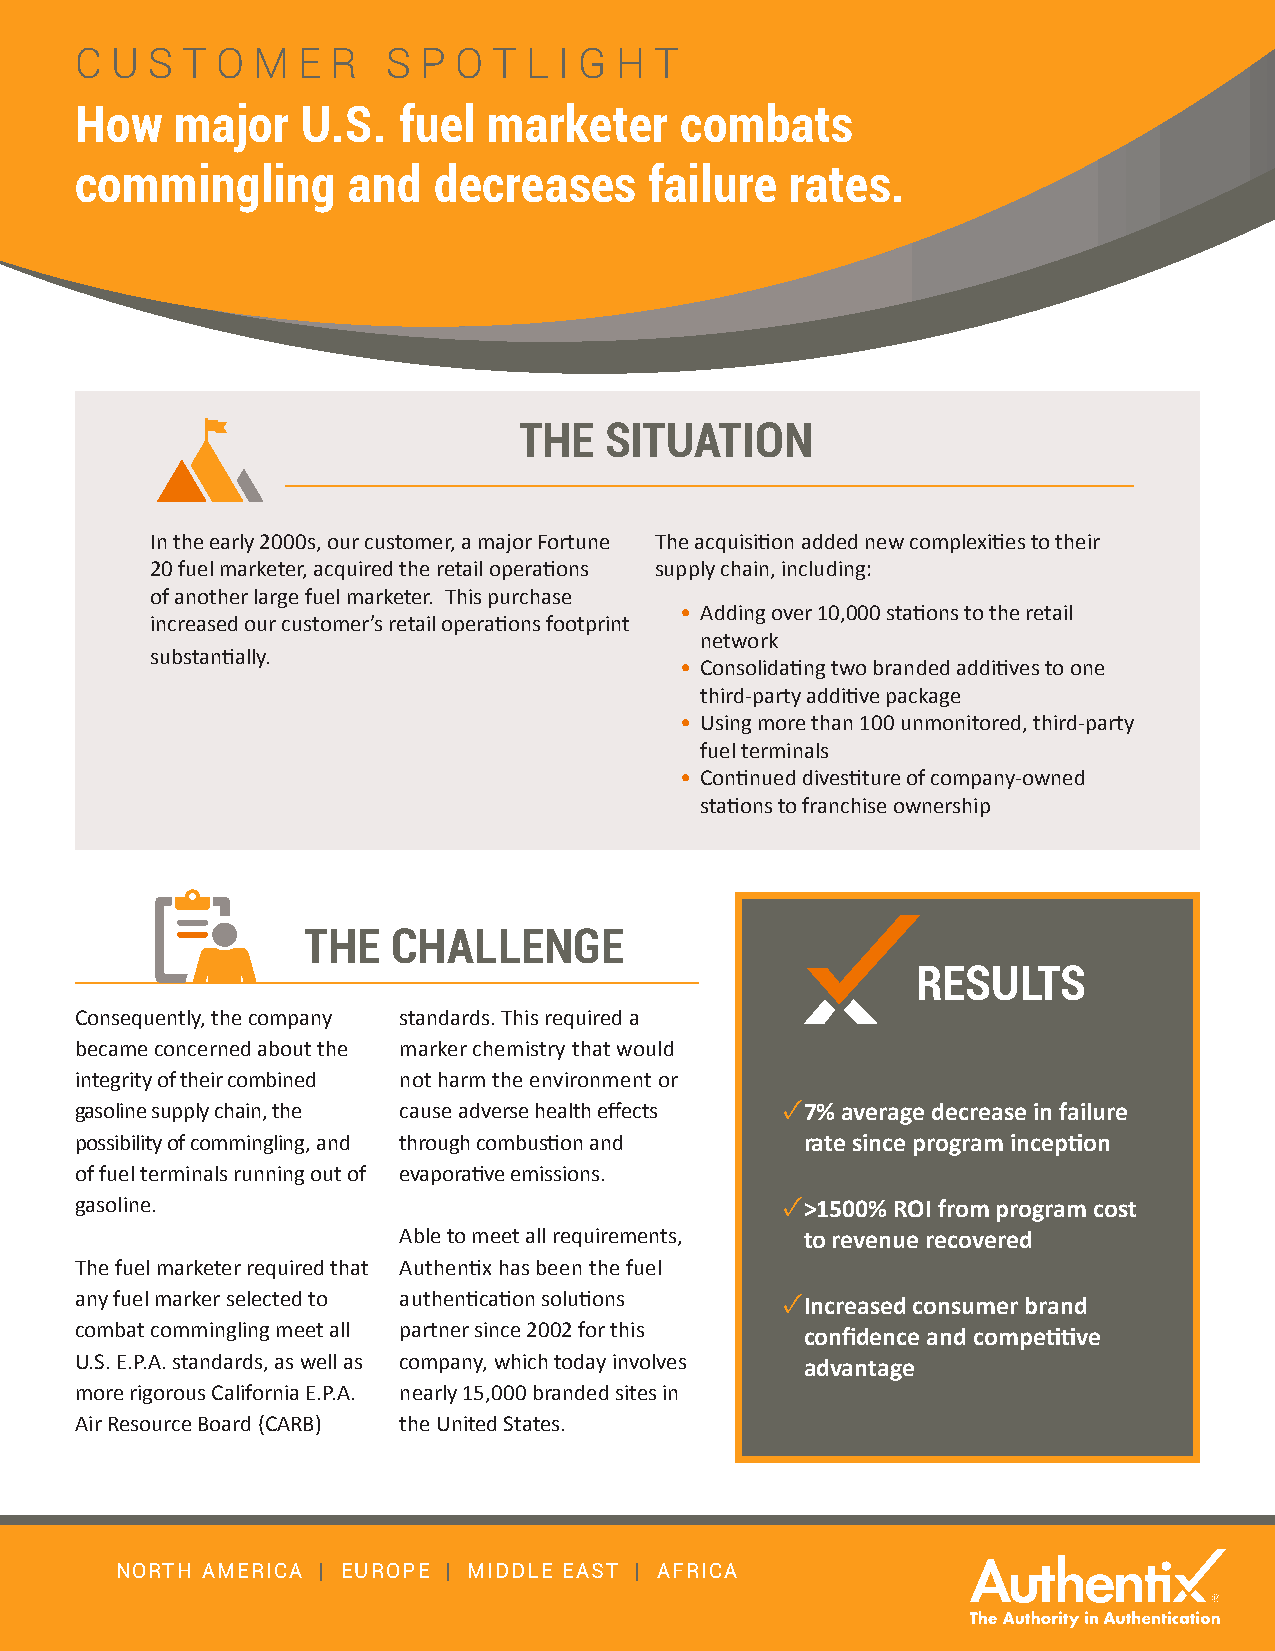
C U  S T O  M  E R   S P O  T L I G H T
 How    major   U.S.  fuel  marketer     combats
 commingling       and   decreases     failure  rates.
 THE   SITUATION
 In the early 2000s, our customer, a major Fortune The acquisition added new complexities to their
 20 fuel marketer, acquired the retail operations supply chain, including:
 of another large fuel marketer. This purchase
 • Adding over 10,000 stations to the retail
 increased our customer’s retail operations footprint
 network
 substantially.
 • Consolidating two branded additives to one
 third-party additive package
 • Using more than 100 unmonitored, third-party
 fuel terminals
 • Continued divestiture of company-owned
 stations to franchise ownership
 THE   CHALLENGE
 RESULTS
 Consequently, the company standards. This required a
 became concerned about the marker chemistry that would
 integrity of their combined not harm the environment or
 gasoline supply chain, the cause adverse health effects ✓ 7% average decrease in failure
 possibility of commingling, and through combustion and rate since program inception
 of fuel terminals running out of evaporative emissions.
 gasoline.                                      ✓ >1500% ROI from program cost
 Able to meet all requirements, to revenue recovered
 The fuel marketer required that Authentix has been the fuel
 any fuel marker selected to authentication solutions ✓ Increased consumer brand
 combat commingling meet all partner since 2002 for this confidence and competitive
 U.S. E.P.A. standards, as well as company, which today involves advantage
 more rigorous California E.P.A. nearly 15,000 branded sites in
 Air Resource Board (CARB) the United States.
 NORTH AMERICA | EUROPE | MIDDLE EAST | AFRICA